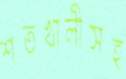
শতখালীসহ